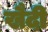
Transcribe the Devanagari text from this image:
खैदी